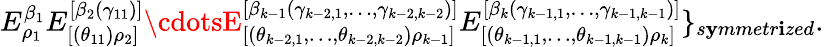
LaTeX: E_{\rho_{1}}^{\beta_{1}}E_{[(\theta_{11})\rho_{2}]}^{[\beta_{2}(\gamma_{11})]}\cdotsE_{[(\theta_{k-2,1},\ldots,\theta_{k-2,k-2})\rho_{k-1}]}^{[\beta_{k-1}(\gamma_{k-2,1},\ldots,\gamma_{k-2,k-2})]}E_{[(\theta_{k-1,1},\ldots,\theta_{k-1,k-1})\rho_{k}]}^{[\beta_{k}(\gamma_{k-1,1},\ldots,\gamma_{k-1,k-1})]}\} _{s\mathbf{y}mmetr\mathbf{i}zed}.